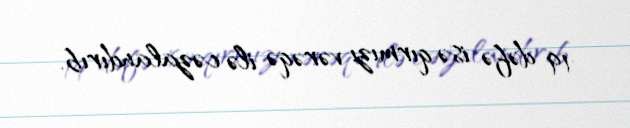
19 dəfə isə qırmızı vərəqə ilə cəzalandırıb.